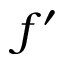
f ^ { \prime }